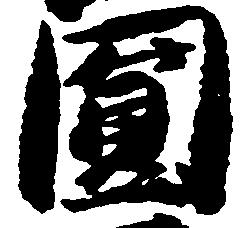
円